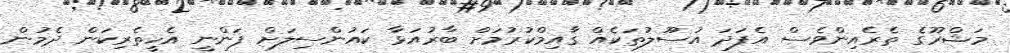
މަޝްރޫގެ ތެރެއިންވެސް އެފަދަ އުސޫލުތަކެއް ގާއިމްކުރުމަށް ބާރުއަޅާ ކައުންސިލަށް ފަންނީ އެހީތެރިކަން ދެމުން